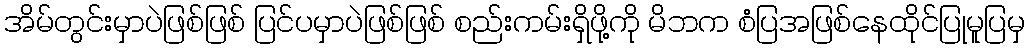
အိမ်တွင်းမှာပဲဖြစ်ဖြစ် ပြင်ပမှာပဲဖြစ်ဖြစ် စည်းကမ်းရှိဖို့ကို မိဘက စံပြအဖြစ်နေထိုင်ပြုမူပြမှ